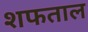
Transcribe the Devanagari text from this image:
शफताल